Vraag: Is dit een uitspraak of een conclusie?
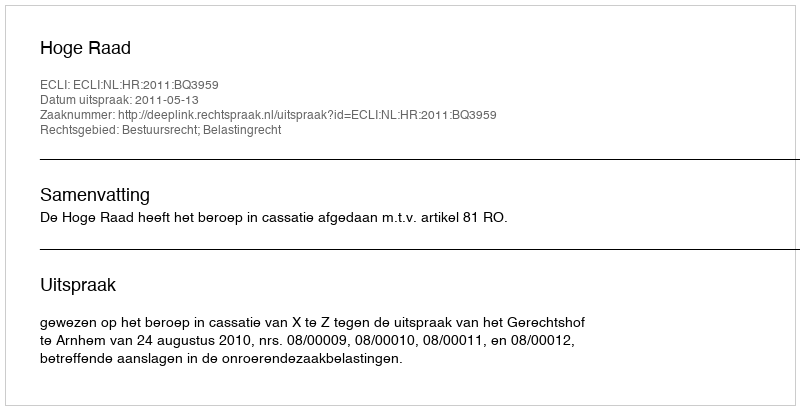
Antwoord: Uitspraak